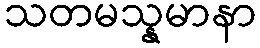
သတမသ္နမာနာ